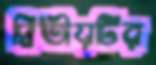
দ্বিতীয়টির